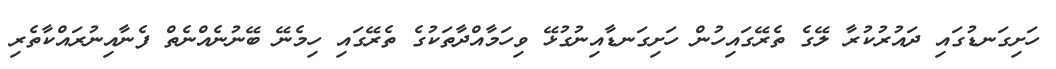
ހަށިގަނޑުގައި ދައުރުކުރާ ލޭގެ ތެރޭގައިހުން ހަށިގަނޑާއިނުގުޅޭ ވިހަމާއްދާތަކުގެ ތެރޭގައި ހިމެނޭ ބޭނުނެއްނެތް ފެނާއިނުރައްކާތެރި